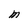
Character: M